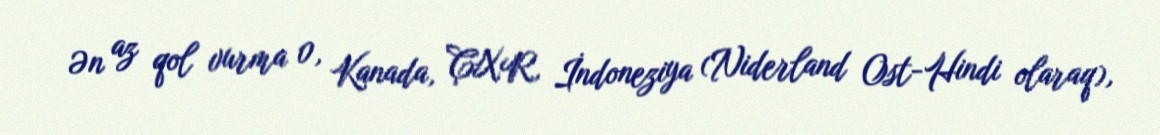
Ən az qol vurma 0, Kanada, ÇXR, İndoneziya (Niderland Ost-Hindi olaraq),